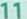
11